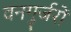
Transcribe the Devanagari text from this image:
वनगुर्जरों